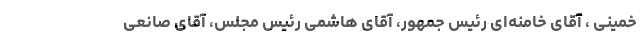
خمینی ، آقای خامنه‌ای رئیس جمهور، آقای هاشمی رئیس مجلس، آقای صانعی